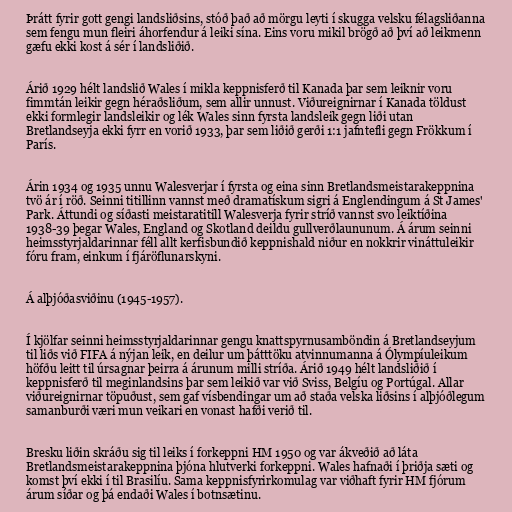
Þrátt fyrir gott gengi landsliðsins, stóð það að mörgu leyti í skugga velsku félagsliðanna
sem fengu mun fleiri áhorfendur á leiki sína. Eins voru mikil brögð að því að leikmenn
gæfu ekki kost á sér í landsliðið.

Árið 1929 hélt landslið Wales í mikla keppnisferð til Kanada þar sem leiknir voru
fimmtán leikir gegn héraðsliðum, sem allir unnust. Viðureignirnar í Kanada töldust
ekki formlegir landsleikir og lék Wales sinn fyrsta landsleik gegn liði utan
Bretlandseyja ekki fyrr en vorið 1933, þar sem liðið gerði 1:1 jafntefli gegn Frökkum í
París.

Árin 1934 og 1935 unnu Walesverjar í fyrsta og eina sinn Bretlandsmeistarakeppnina
tvö ár í röð. Seinni titillinn vannst með dramatískum sigri á Englendingum á St James'
Park. Áttundi og síðasti meistaratitill Walesverja fyrir stríð vannst svo leiktíðina
1938-39 þegar Wales, England og Skotland deildu gullverðlaununum. Á árum seinni
heimsstyrjaldarinnar féll allt kerfisbundið keppnishald niður en nokkrir vináttuleikir
fóru fram, einkum í fjáröflunarskyni.

Á alþjóðasviðinu (1945-1957).

Í kjölfar seinni heimsstyrjaldarinnar gengu knattspyrnusamböndin á Bretlandseyjum
til liðs við FIFA á nýjan leik, en deilur um þátttöku atvinnumanna á Ólympíuleikum
höfðu leitt til úrsagnar þeirra á árunum milli stríða. Árið 1949 hélt landsliðið í
keppnisferð til meginlandsins þar sem leikið var við Sviss, Belgíu og Portúgal. Allar
viðureignirnar töpuðust, sem gaf vísbendingar um að staða velska liðsins í alþjóðlegum
samanburði væri mun veikari en vonast hafði verið til.

Bresku liðin skráðu sig til leiks í forkeppni HM 1950 og var ákveðið að láta
Bretlandsmeistarakeppnina þjóna hlutverki forkeppni. Wales hafnaði í þriðja sæti og
komst því ekki í til Brasilíu. Sama keppnisfyrirkomulag var viðhaft fyrir HM fjórum
árum síðar og þá endaði Wales í botnsætinu.